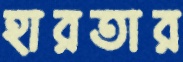
হারতার